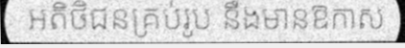
អតិថិជនគ្រប់រូប នឹងមានឱកាស